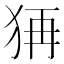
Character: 𤞕